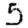
Digit: 5